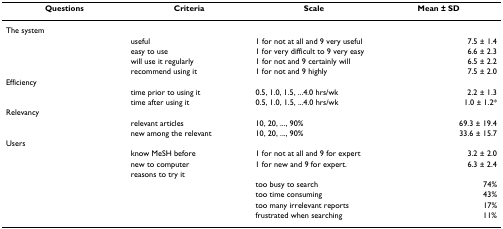
| Questions | Criteria | Scale | Mean ± SD |
 | --- | --- | --- | --- |
 | The system |  |  |  |
 |  | useful | 1 for not at all and 9 very useful | 7.5 ± 1.4 |
 |  | easy to use | 1 for very difficult to 9 very easy | 6.6 ± 2.3 |
 |  | will use it regularly | 1 for not and 9 certainly will | 6.5 ± 2.2 |
 |  | recommend using it | 1 for not and 9 highly | 7.5 ± 2.0 |
 | Efficiency |  |  |  |
 |  | time prior to using it | 0.5, 1.0, 1.5, ...4.0 hrs/wk | 2.2 ± 1.3 |
 |  | time after using it | 0.5, 1.0, 1.5, ...4.0 hrs/wk | 1.0 ± 1.2* |
 | Relevancy |  |  |  |
 |  | relevant articles | 10, 20, ..., 90% | 69.3 ± 19.4 |
 |  | new among the relevant | 10, 20, ..., 90% | 33.6 ± 15.7 |
 | Users |  |  |  |
 |  | know MeSH before | 1 for not at all and 9 for expert | 3.2 ± 2.0 |
 |  | new to computer | 1 for new and 9 for expert. | 6.3 ± 2.4 |
 |  | reasons to try it |  |  |
 |  |  | too busy to search | 74% |
 |  |  | too time consuming | 43% |
 |  |  | too many irrelevant reports | 17% |
 |  |  | frustrated when searching | 11% |